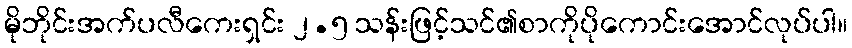
မိုဘိုင်းအက်ပလီကေးရှင်း ၂.၅ သန်းဖြင့်သင်၏စာကိုပိုကောင်းအောင်လုပ်ပါ။